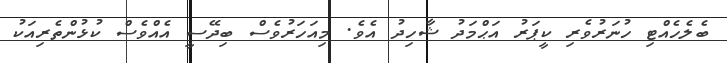
ބެލެހެއްޓި ހުނަރުވެރި ކީޕަރު އަޙްމަދު ޝާހިދު އެވެ. މިއަހަރުވެސް ބިދޭސީ އެއްވެސް ކުޅުންތެރިއަކު